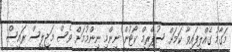
މަގާމު ގެއްލިފައިވާ ކަމަށް ސުޕްރީމް ކޯޓުން ނިންމި ނިންމުމަށް ވެސް މަޖިލީސް ރައީސް